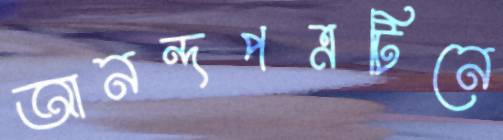
আনন্দপত্রটিনে